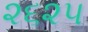
૨૬૨૫